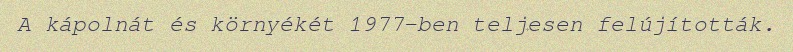
A kápolnát és környékét 1977-ben teljesen felújították.